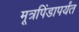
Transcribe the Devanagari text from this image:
मूत्रपिंडापर्यंत